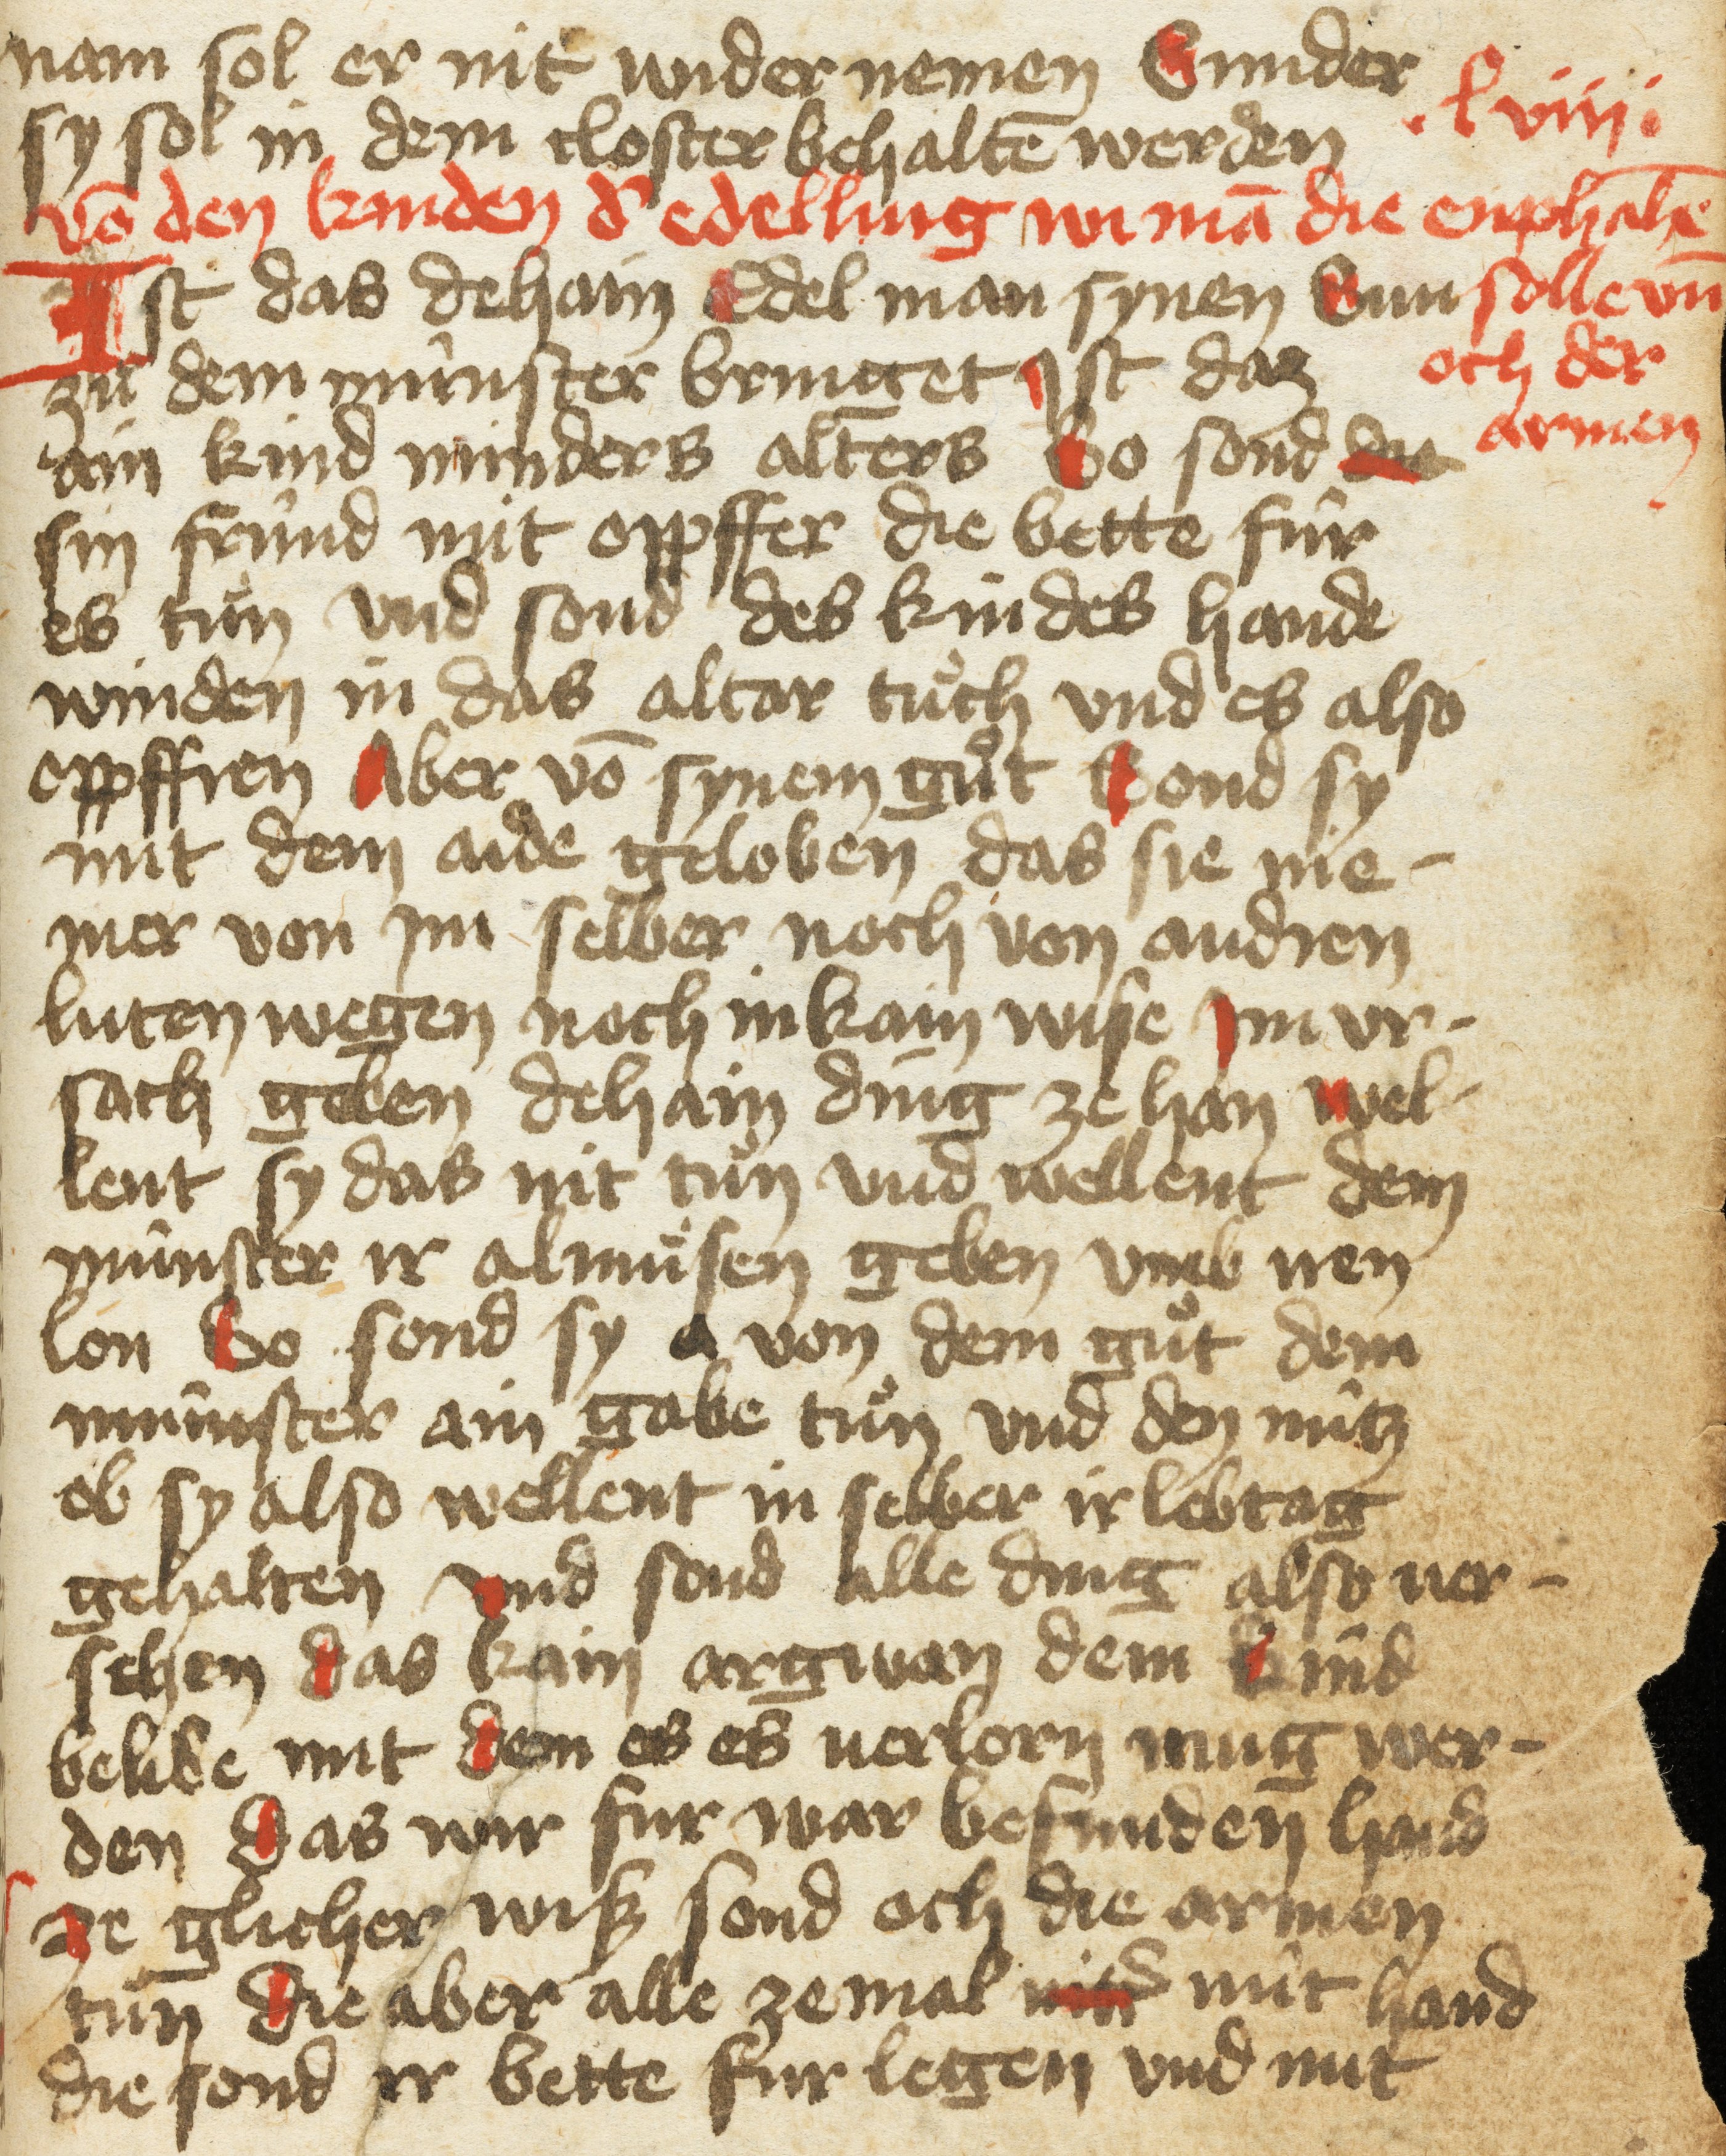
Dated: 1400–1499